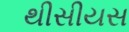
થીસીયસ